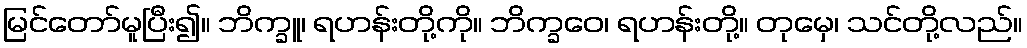
မြင်တော်မူပြီး၍။ ဘိက္ခူ၊ ရဟန်းတို့ကို။ ဘိက္ခဝေ၊ ရဟန်းတို့။ တုမှေ၊ သင်တို့လည်။